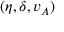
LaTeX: ( \eta , \delta , v _ { A } )